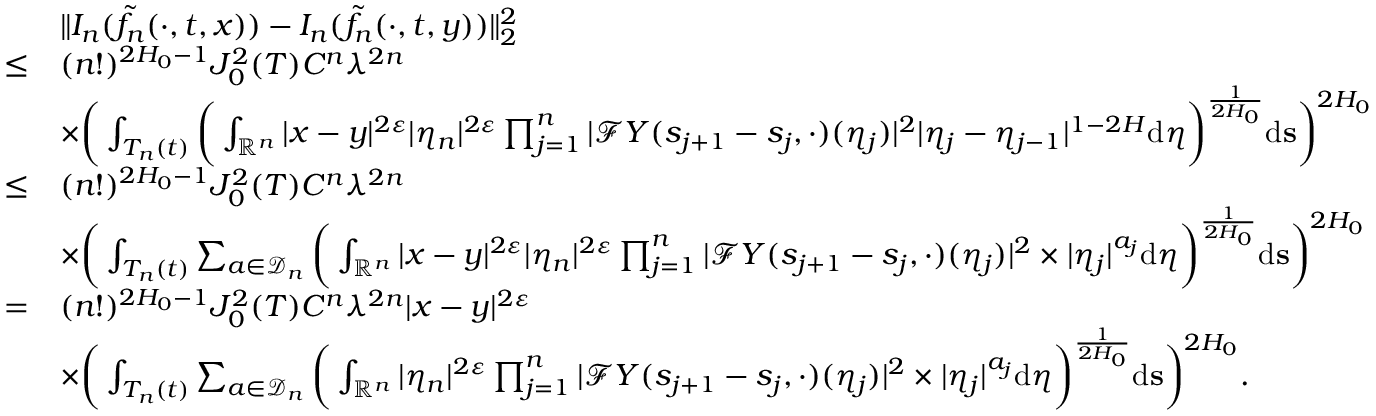
\begin{array} { r l } & { \Vert I _ { n } ( \tilde { f _ { n } } ( \cdot , t , x ) ) - I _ { n } ( \tilde { f _ { n } } ( \cdot , t , y ) ) \Vert _ { 2 } ^ { 2 } } \\ { \leq } & { ( n ! ) ^ { 2 H _ { 0 } - 1 } J _ { 0 } ^ { 2 } ( T ) C ^ { n } \lambda ^ { 2 n } } \\ & { \times \bigg ( \int _ { T _ { n } ( t ) } \bigg ( \int _ { \mathbb { R } ^ { n } } | x - y | ^ { 2 \varepsilon } | \eta _ { n } | ^ { 2 \varepsilon } \prod _ { j = 1 } ^ { n } | \mathcal { F } Y ( s _ { j + 1 } - s _ { j } , \cdot ) ( \eta _ { j } ) | ^ { 2 } | \eta _ { j } - \eta _ { j - 1 } | ^ { 1 - 2 H } \ensuremath { \mathrm { d } } \boldsymbol \eta \bigg ) ^ { \frac { 1 } { 2 H _ { 0 } } } \ensuremath { \mathrm { d } } \mathbf { s } \bigg ) ^ { 2 H _ { 0 } } } \\ { \leq } & { ( n ! ) ^ { 2 H _ { 0 } - 1 } J _ { 0 } ^ { 2 } ( T ) C ^ { n } \lambda ^ { 2 n } } \\ & { \times \bigg ( \int _ { T _ { n } ( t ) } \sum _ { a \in \mathcal { D } _ { n } } \bigg ( \int _ { \mathbb { R } ^ { n } } | x - y | ^ { 2 \varepsilon } | \eta _ { n } | ^ { 2 \varepsilon } \prod _ { j = 1 } ^ { n } | \mathcal { F } Y ( s _ { j + 1 } - s _ { j } , \cdot ) ( \eta _ { j } ) | ^ { 2 } \times | \eta _ { j } | ^ { a _ { j } } \ensuremath { \mathrm { d } } \boldsymbol \eta \bigg ) ^ { \frac { 1 } { 2 H _ { 0 } } } \ensuremath { \mathrm { d } } \mathbf s \bigg ) ^ { 2 H _ { 0 } } } \\ { = } & { ( n ! ) ^ { 2 H _ { 0 } - 1 } J _ { 0 } ^ { 2 } ( T ) C ^ { n } \lambda ^ { 2 n } | x - y | ^ { 2 \varepsilon } } \\ & { \times \bigg ( \int _ { T _ { n } ( t ) } \sum _ { a \in \mathcal { D } _ { n } } \bigg ( \int _ { \mathbb { R } ^ { n } } | \eta _ { n } | ^ { 2 \varepsilon } \prod _ { j = 1 } ^ { n } | \mathcal { F } Y ( s _ { j + 1 } - s _ { j } , \cdot ) ( \eta _ { j } ) | ^ { 2 } \times | \eta _ { j } | ^ { a _ { j } } \ensuremath { \mathrm { d } } \boldsymbol \eta \bigg ) ^ { \frac { 1 } { 2 H _ { 0 } } } \ensuremath { \mathrm { d } } \mathbf s \bigg ) ^ { 2 H _ { 0 } } . } \end{array}